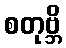
စတုဗ္ဘိ